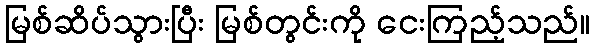
မြစ်ဆိပ်သွားပြီး မြစ်တွင်းကို ငေးကြည့်သည်။